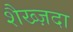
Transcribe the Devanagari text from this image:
शैख्ज़दा